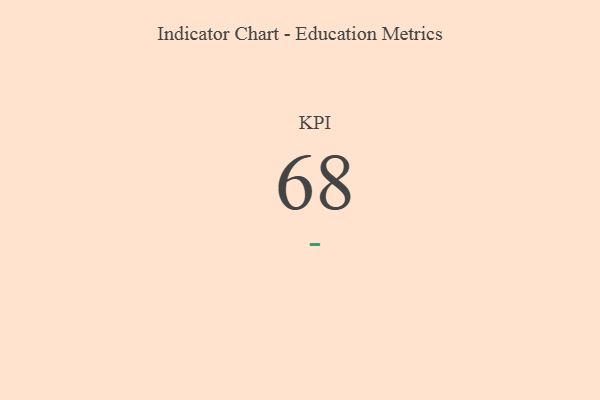
{"axis": {"x": "KPI", "y": "Value"}, "legend": [""], "data": [{"x": "KPI", "y": 68, "type": ""}]}